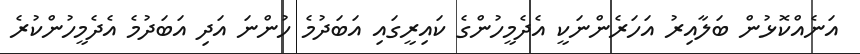
އަނެއްކޮޅުން ބަލާއިރު އަހަރެންނަކީ އެދެމީހުންގެ ކައިރީގައި އަބަދުމެ ހުންނަ އަދި އަބަދުމެ އެދެމީހުންކުރެ